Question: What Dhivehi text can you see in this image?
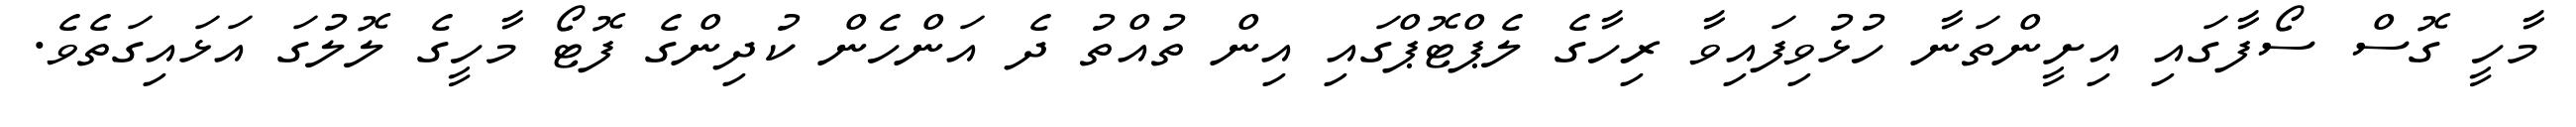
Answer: މާހީ ގޮސް ސޯފާގައި އިށީންތަނާ ހުޅުވިފައިވާ ރިހާގެ ލެޕްޓޮޕްގައި އިން ތުއްތު ދެ އަންހެން ކުދިންގެ ފޮޓޯ މާހީގެ ލޮލުގަ އަޅައިގަތެވެ.